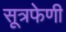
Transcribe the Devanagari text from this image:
सूत्रफेणी